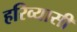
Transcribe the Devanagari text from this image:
हरिव्यासी